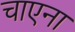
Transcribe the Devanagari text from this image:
चाएना